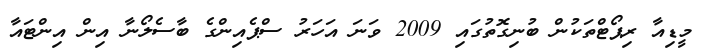
މީޑިއާ ރިޕޯޓްތަކުން ބުނިގޮތުގައި 2009 ވަނަ އަހަރު ސްޕެއިންގެ ބާސެލޯނާ އިން އިންޓައާ